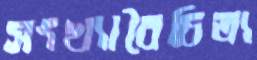
সংখ্যাবৈচিত্র্য